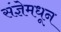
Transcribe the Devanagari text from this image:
संज्ञेमधून